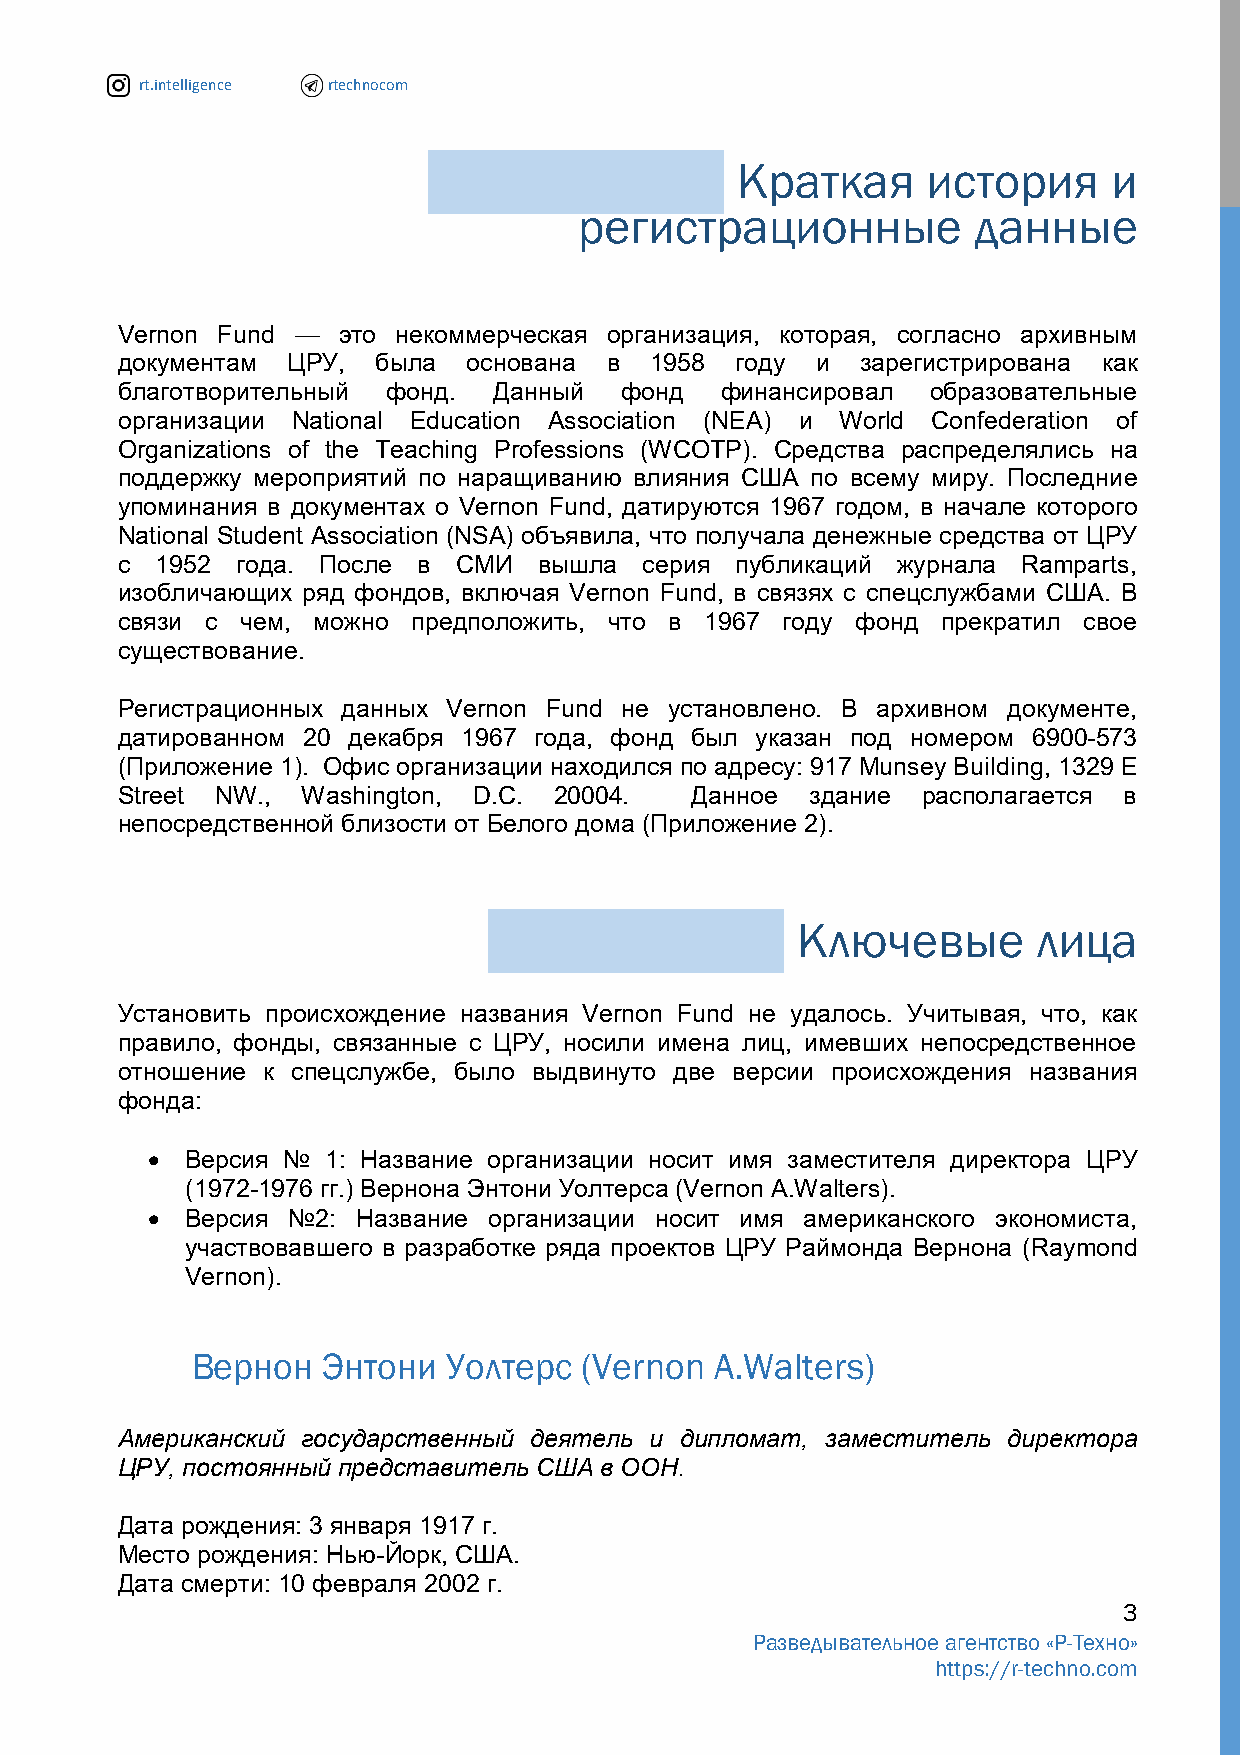
rt.intelligence rtechnocom
 Краткая     история      и
 регистрационные           данные
 Vernon Fund — это некоммерческая организация, которая, согласно архивным
 документам ЦРУ,  была  основана в  1958  году и  зарегистрирована как
 благотворительный фонд.  Данный  фонд   финансировал  образовательные
 организации National Education Association (NEA) и World Confederation of
 Organizations of the Teaching Professions (WCOTP). Средства распределялись на
 поддержку мероприятий по наращиванию влияния США по всему миру. Последние
 упоминания в документах о Vernon Fund, датируются 1967 годом, в начале которого
 National Student Association (NSA) объявила, что получала денежные средства от ЦРУ
 с 1952  года. После в СМИ   вышла  серия публикаций журнала Ramparts,
 изобличающих ряд фондов, включая Vernon Fund, в связях с спецслужбами США. В
 связи с чем, можно предположить, что в 1967 году фонд прекратил свое
 существование.
 Регистрационных данных Vernon Fund не установлено. В архивном документе,
 датированном 20 декабря 1967 года, фонд был указан под номером 6900-573
 (Приложение 1). Офис организации находился по адресу: 917 Munsey Building, 1329 E
 Street NW., Washington, D.C. 20004.   Данное  здание располагается в
 непосредственной близости от Белого дома (Приложение 2).
 Ключевые        лица
 Установить происхождение названия Vernon Fund не удалось. Учитывая, что, как
 правило, фонды, связанные с ЦРУ, носили имена лиц, имевших непосредственное
 отношение к спецслужбе, было выдвинуто две версии происхождения названия
 фонда:
  Версия №  1: Название организации носит имя заместителя директора ЦРУ
 (1972-1976 гг.) Вернона Энтони Уолтерса (Vernon A.Walters).
  Версия №2:  Название организации носит имя американского экономиста,
 участвовавшего в разработке ряда проектов ЦРУ Раймонда Вернона (Raymond
 Vernon).
 Вернон  Энтони   Уолтерс  (Vernon A.Walters)
 Американский государственный деятель и дипломат, заместитель директора
 ЦРУ, постоянный представитель США в ООН.
 Дата рождения: 3 января 1917 г.
 Место рождения: Нью-Йорк, США.
 Дата смерти: 10 февраля 2002 г.
 3
 Разведывательное агентство «Р-Техно»
 https://r-techno.com